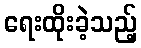
ရေးထိုးခဲ့သည့်